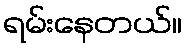
ရမ်းနေတယ်။